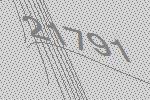
21791